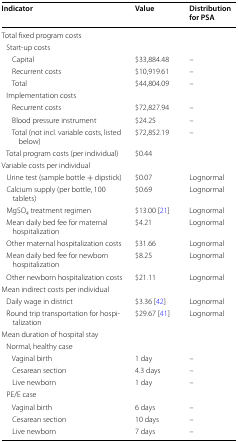
| Indicator | Value | Distribution for PSA |
 | --- | --- | --- |
 | <COLSPAN=3> Total fixed program costs |
 | <COLSPAN=3> Start-up costs |
 | Capital | $33,884.48 | – |
 | Recurrent costs | $10,919.61 | – |
 | Total | $44,804.09 | – |
 | <COLSPAN=3> Implementation costs |
 | Recurrent costs | $72,827.94 | – |
 | Blood pressure instrument | $24.25 | – |
 | Total (not incl. variable costs, listed below) | $72,852.19 | – |
 | Total program costs (per individual) | $0.44 |  |
 | <COLSPAN=3> Variable costs per individual |
 | Urine test (sample bottle + dipstick) | $0.07 | Lognormal |
 | Calcium supply (per bottle, 100 tablets) | $0.69 | Lognormal |
 | MgSO4 treatment regimen | $13.00 [21] | Lognormal |
 | Mean daily bed fee for maternal hospitalization | $4.21 | Lognormal |
 | Other maternal hospitalization costs | $31.66 | Lognormal |
 | Mean daily bed fee for newborn hospitalization | $8.25 | Lognormal |
 | Other newborn hospitalization costs | $21.11 | Lognormal |
 | <COLSPAN=3> Mean indirect costs per individual |
 | Daily wage in district | $3.36 [42] | Lognormal |
 | Round trip transportation for hospitalization | $29.67 [41] | Lognormal |
 | <COLSPAN=3> Mean duration of hospital stay |
 | <COLSPAN=3> Normal, healthy case |
 | Vaginal birth | 1 day | – |
 | Cesarean section | 4.3 days | – |
 | Live newborn | 1 day | – |
 | <COLSPAN=3> PE/E case |
 | Vaginal birth | 6 days | – |
 | Cesarean section | 10 days | – |
 | Live newborn | 7 days | – |